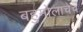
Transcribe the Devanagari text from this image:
बहुमोलाचेच